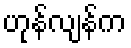
ဟုန်လျန်က